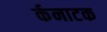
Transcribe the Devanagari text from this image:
र्कनाटक